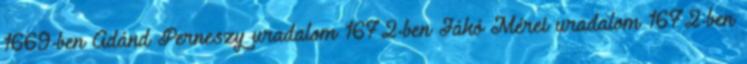
1669-ben Ádánd Perneszy uradalom 1672-ben Jákó Mérei uradalom 1672-ben